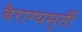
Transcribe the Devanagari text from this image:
वैराग्यमुर्ती